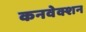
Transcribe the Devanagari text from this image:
कनवेक्शन